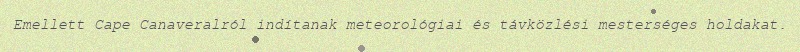
Emellett Cape Canaveralról indítanak meteorológiai és távközlési mesterséges holdakat.